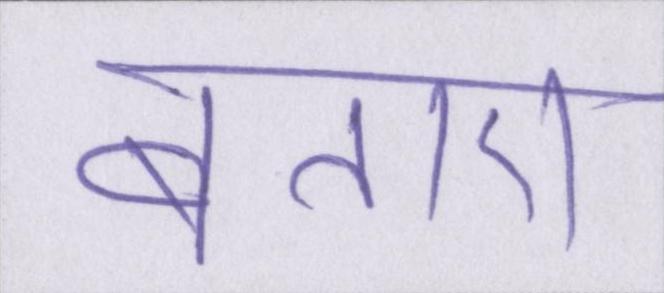
बताए